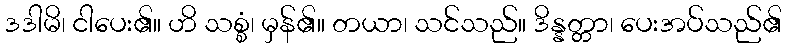
ဒဒါမိ၊ ငါပေး၏။ ဟိ သစ္စံ၊ မှန်၏။ တယာ၊ သင်သည်။ ဒိန္နတ္တာ၊ ပေးအပ်သည်၏